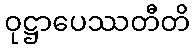
ဝုဋ္ဌာပေဿတီတိ